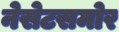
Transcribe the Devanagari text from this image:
नेसेटसमोर